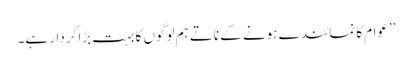
’’عوام کا نمائندے ہونے کے ناتے ہم لوگوں کا بہت بڑا کردار ہے۔